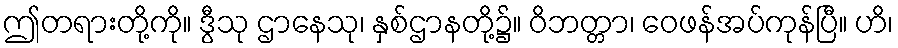
ဤတရားတို့ကို။ ဒွီသု ဌာနေသု၊ နှစ်ဌာနတို့၌။ ဝိဘတ္တာ၊ ဝေဖန်အပ်ကုန်ပြီ။ ဟိ၊